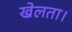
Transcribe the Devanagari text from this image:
खेलता।